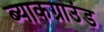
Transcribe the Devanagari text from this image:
ब्याकग्राउंड